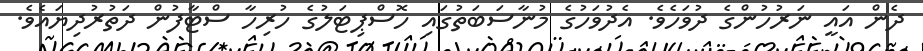
ދެން އައީ ނަރުހުންގެ ދުވަހެވެ. އެދުވަހުގެ މުނާސަބަތުގައި ހޮސްޕިޓަލުގެ ހުރިހާ ސްޓާފުން ދަތުރުދިޔައެވެ.